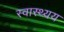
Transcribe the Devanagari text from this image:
स्वास्थ्यय